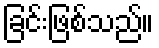
ခြင်းဖြစ်သည်။